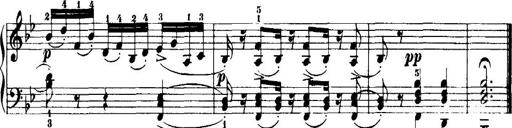
Title: 7 Sonatinas
Composer: Anton Diabelli